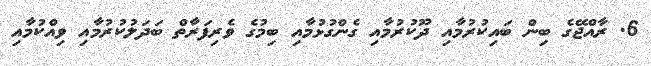
6. ރާއްޖޭގެ ބިން ބައިކުރުމާއި ދޫކުރުމާއި ގެންގުޅުމާއި ބިމުގެ ވެރިފަރާތް ބަދަލުކުރުމާއި ވިއްކުމާއި